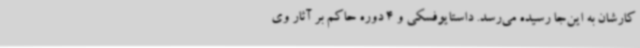
کارشان به این‌جا رسیده می‌رسد. داستایوفسکی و 4 دوره حاکم بر آثار وی